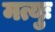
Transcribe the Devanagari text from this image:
मत्युः